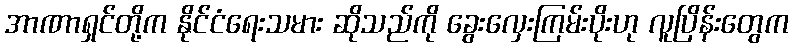
အာဏာရှင်တို့က နိုင်ငံရေးသမား ဆိုသည်ကို ခွေးလှေးကြမ်းပိုးဟု လူပြိန်းတွေက